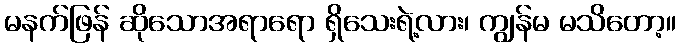
မနက်ဖြန် ဆိုသောအရာရော ရှိသေးရဲ့လား၊ ကျွန်မ မသိတော့။